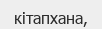
кітапхана,